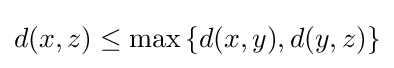
d(x,z)\leq \max \left\{d(x,y),d(y,z)\right\}